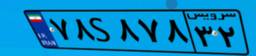
۴۵S۴۹۴۱۰